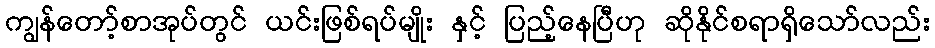
ကျွန်တော့်စာအုပ်တွင် ယင်းဖြစ်ရပ်မျိုး နှင့် ပြည့်နေပြီဟု ဆိုနိုင်စရာရှိသော်လည်း